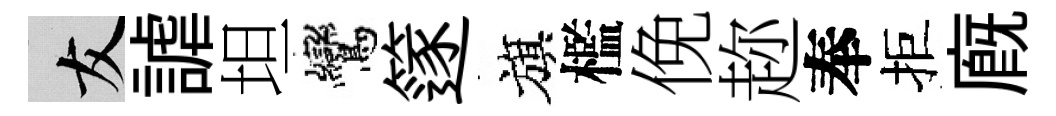
友謔坦鸞篴旗檻俛趂奉拒廐